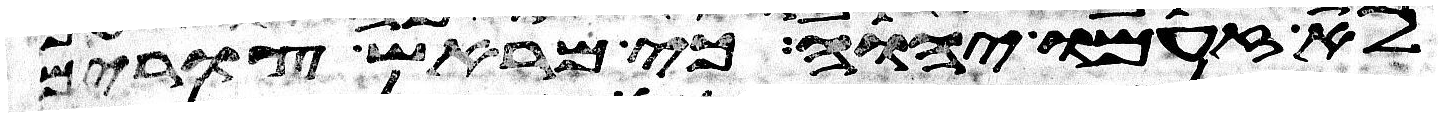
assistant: לא זעם יהוה כי מראש צורים